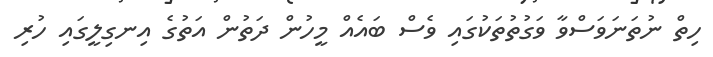
ހިތް ނުތަނަވަސްވާ ވަގުތުތަކުގައި ވެސް ބައެއް މީހުން ދަތުން އަތުގެ އިނގިލީގައި ހުރި